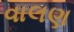
વાલણ